Bréfritari: Soffía Daníelsdóttir
Viðtakandi: Jakobína Magnúsdóttir og Daníel Halldórsson
Dagsetning: A-1905-09-17
Skrifað á: Skeggjastöðum  N-Múl.
Soffía var dóttir Jakobínu og Daníels

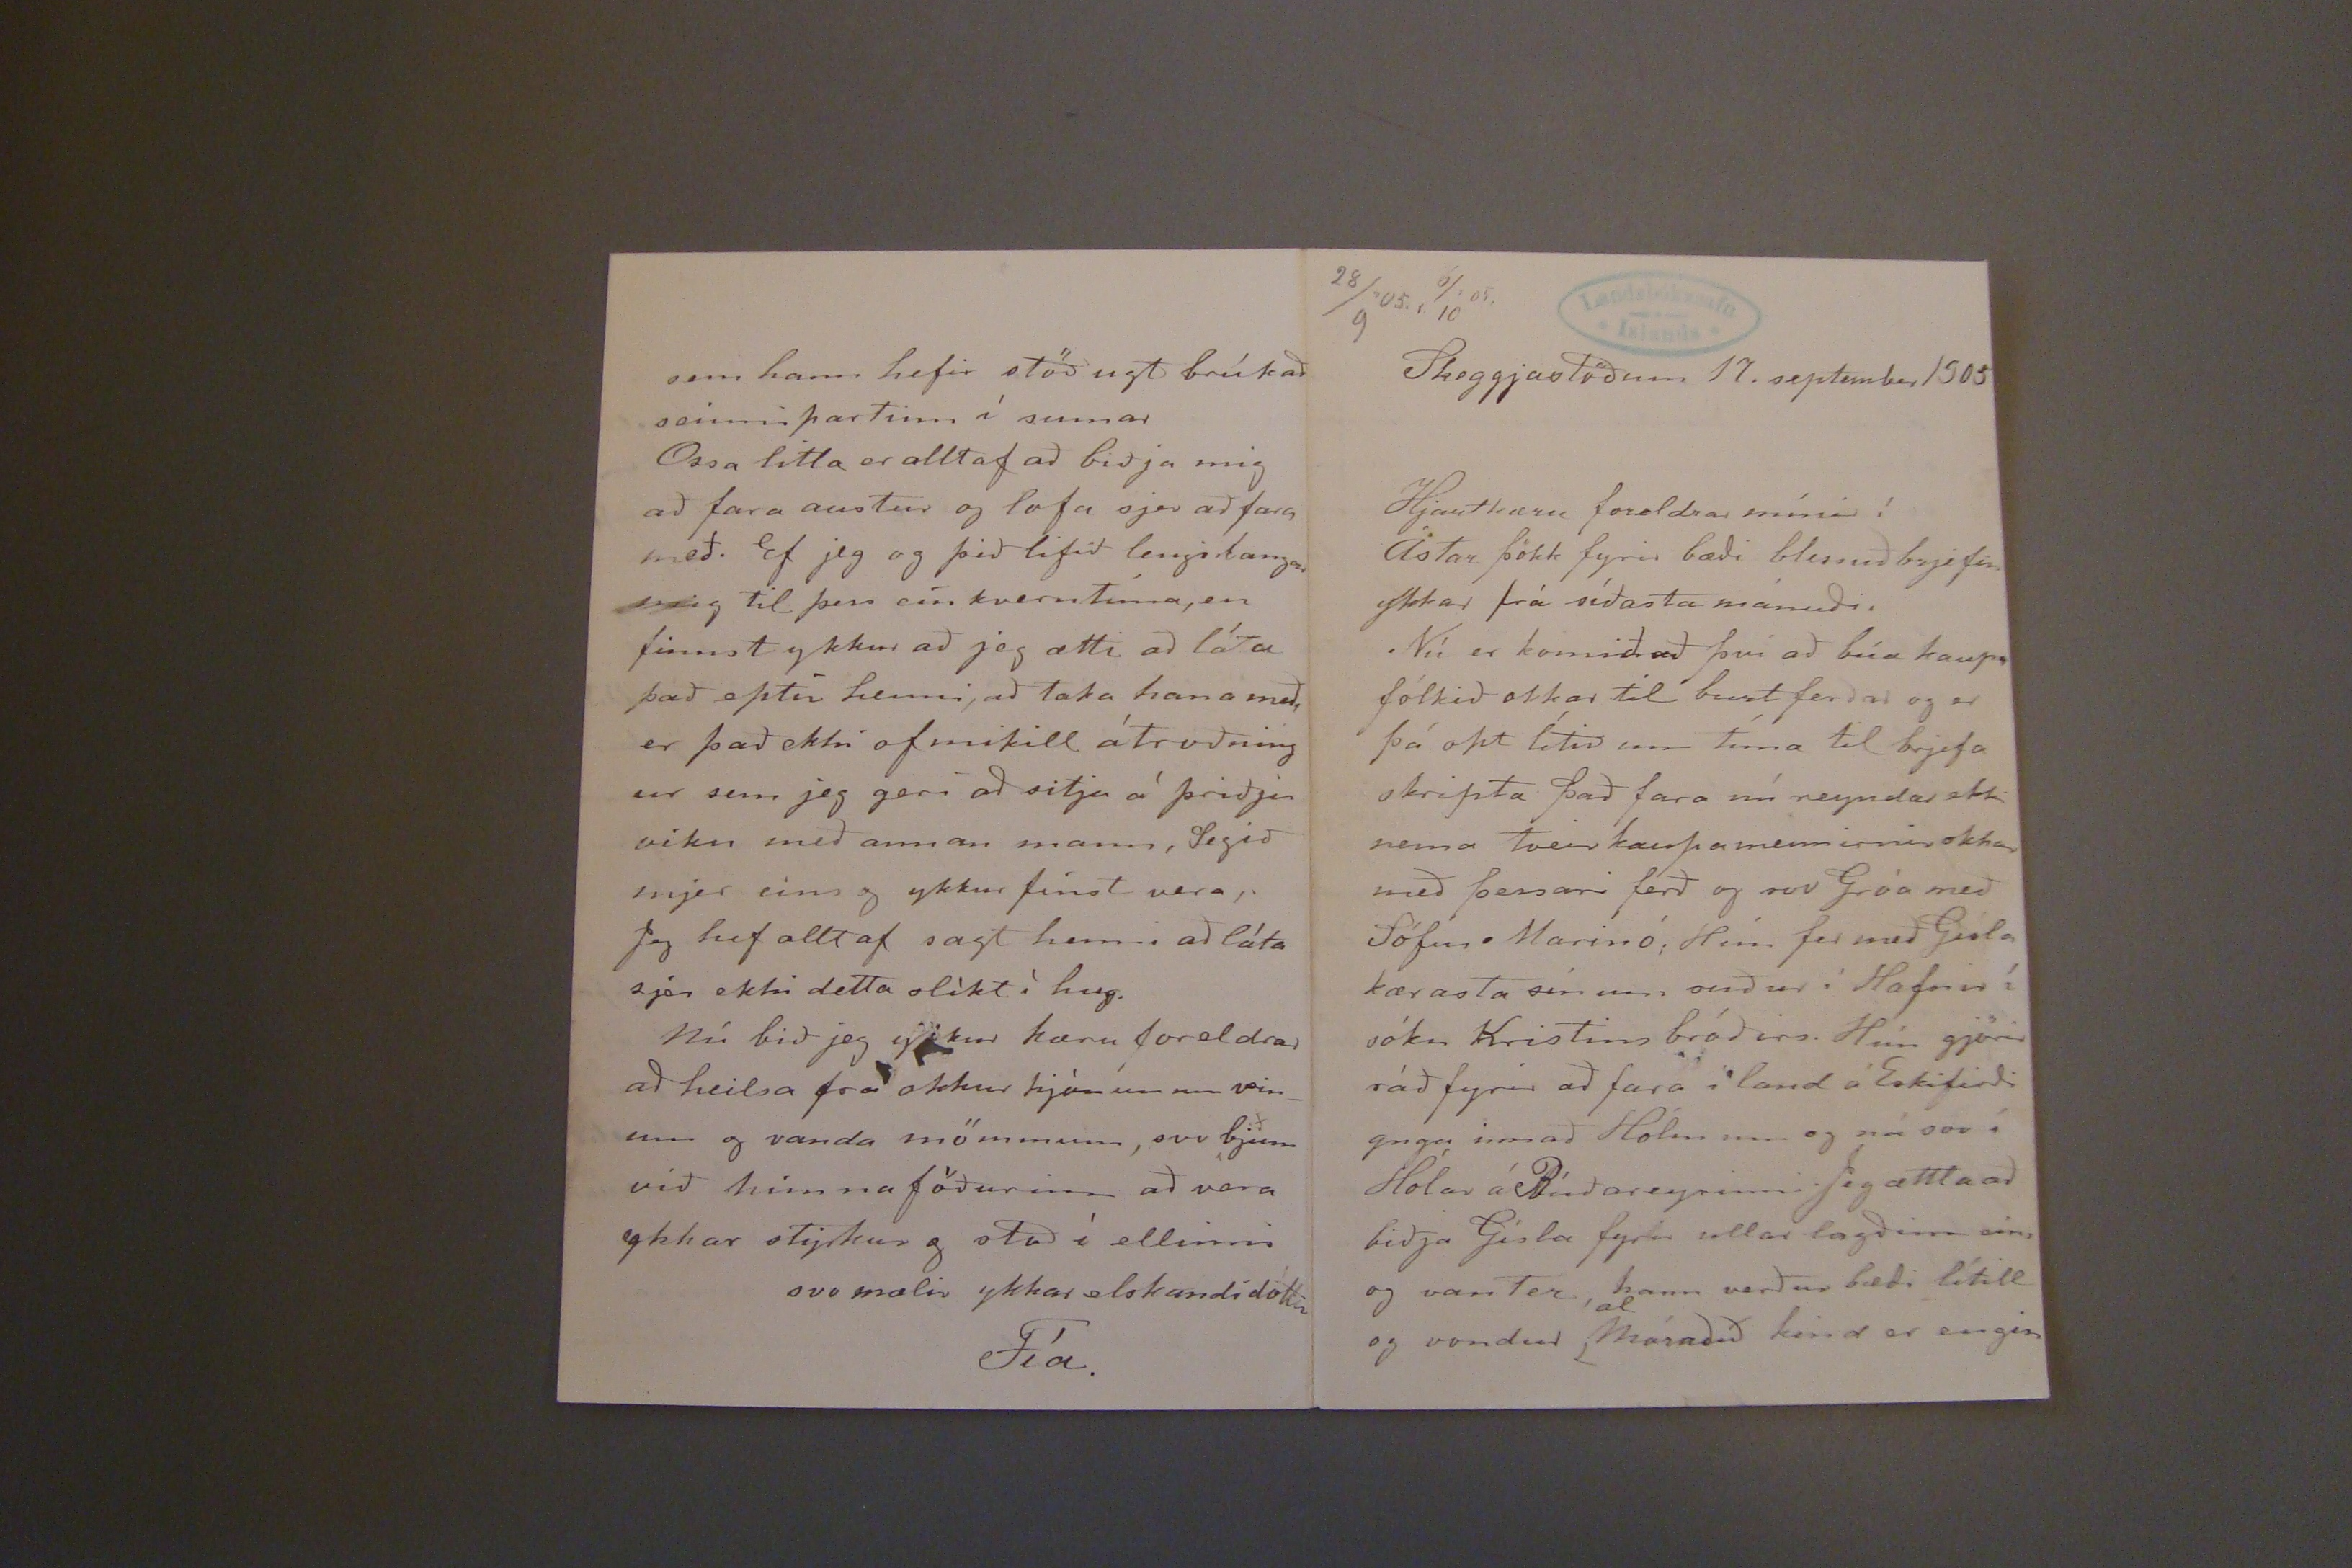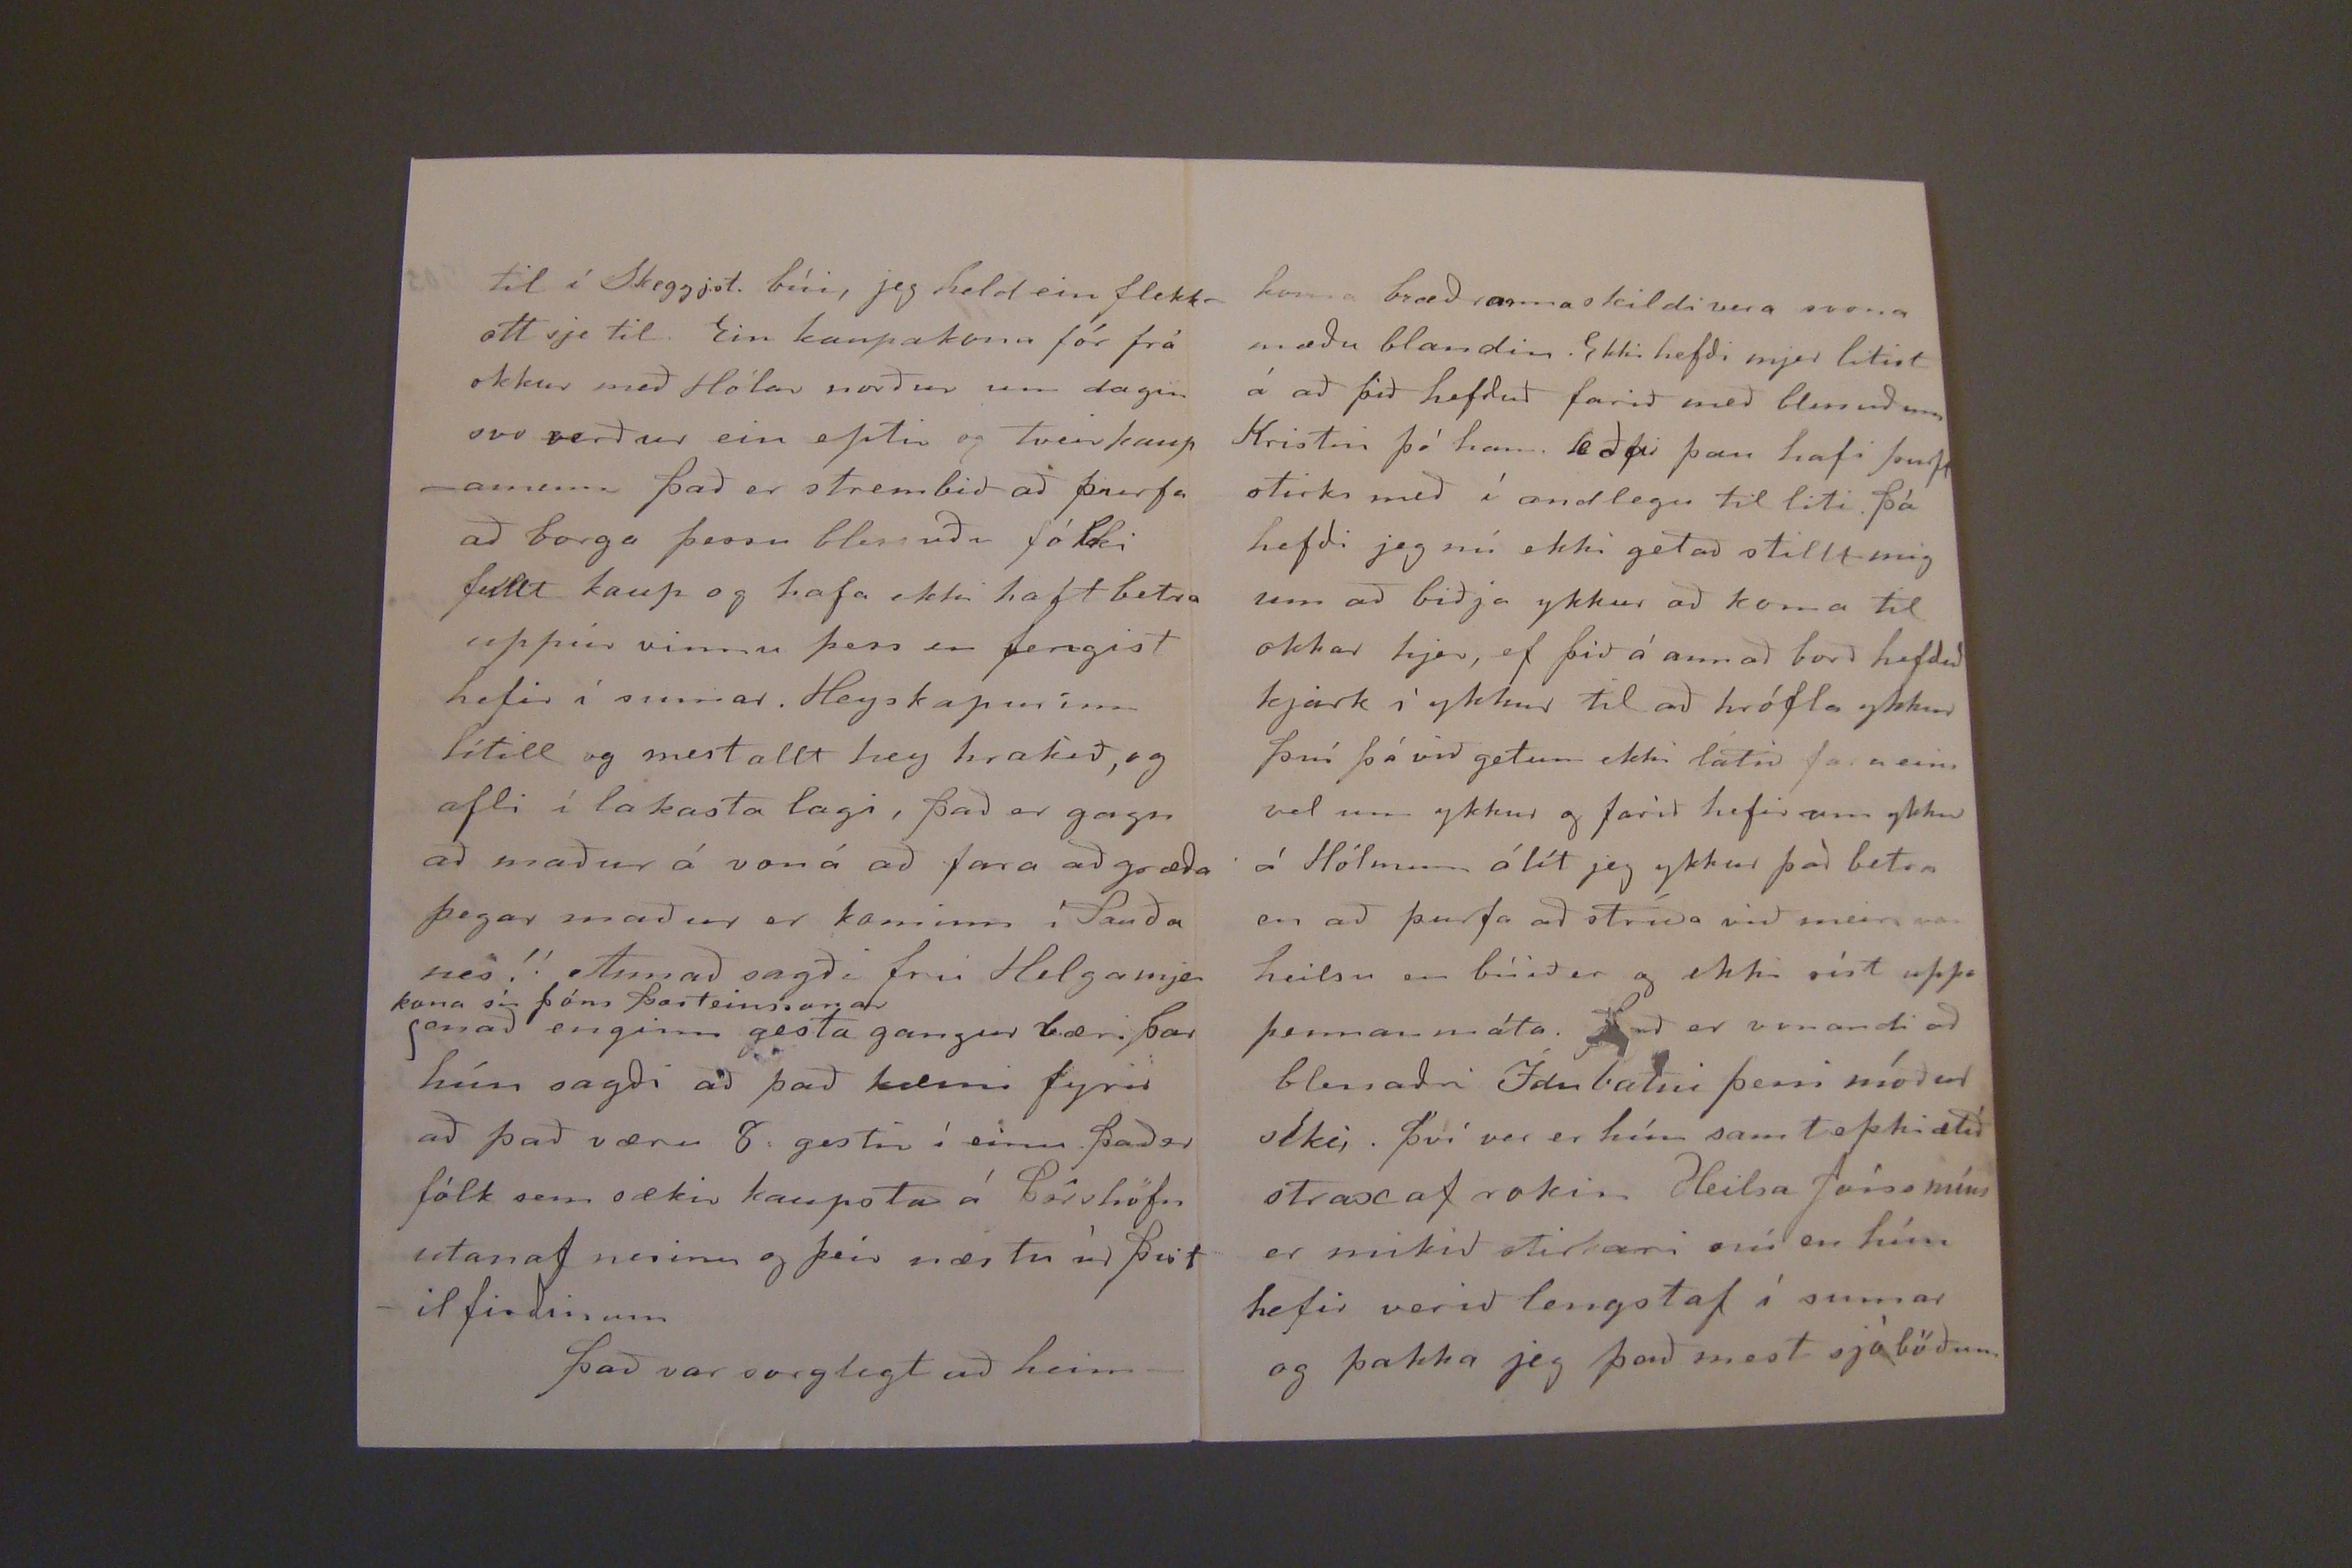

28/9'05.r 6/10'05.
Skeggjastöðum 17. september 1905.
Hjartkæru foreldrar mínir!
Ástar þökk fyrir bæði blessuð brjefin ykkar frá síðasta mánuði.
Nú er komið að því að búa kaupfólkið okkar til burtferðar og er þá opt lítið um tíma til brjefa skripta það fara nú reyndar ekki nema tveir kaupamennirnir okkar með þessari ferð og svo Gróa með Sófus Marinó; Hún fer með Gísla kærasta sínum suður í Hafnir í sókn Kristins bróðirs. Hún gjörir ráð fyrir að fara i land á Eskifirði gnga innað Hólmum og ná svo í Hólar á Búðareyrinn. Jeg ættla að biðja Gísla fyrir ullar lagðinn eins og vanter, hann verður bæði lítill og vondur
al
Másaðið
kind er engin
til í Skeggj.st. búi, jeg held ein flekkott sje til. Ein kaupakona fór frá okkur með Hólar norður um dagin svo verður ein eptir og tveir kaupamenn það er strembið að þurfa að borga þessu blessuðu fólki fullt kaup og hafa ekki haft betra uppúr vinnu þess en fengist hefir í sumar. Heyskapurinn lítill og mest allt hey hrakið, og afli í lakasta lagi, það er gagn að maður á von á að fara að græða þegar maður er kominn í Sauða nes!! Annað sagði frú Helga mjer
kona sír Jóns þorsteinssonar
enað enginn gesta gangur bæri þar hún sagði að það kæmi fyrir að það væru 8 gestir í einu. það er fólk sem sækir kaupsta á þórshöfn utanaf nesinu og þeir næstu úr þistilfirðinum
það var sorglegt að heim-
sem hann hefir stöðugt brúkað seinnipartinn í sumar
Ossa litla er alltaf að biðja mig að fara austur og lofa sjer að fara með. Ef jeg og þið lifið lengi langar mig til þess ein kvern tíma, en finnst ykkur að jeg ætti að láta það eptir henni, að taka hana með, er það ekki of mikill átroðning ur sem jeg geri að sitja á þriðju viku með annan mann, Segið mjer eins og ykkur finst vera, Jeg hef alltaf sagt henni að láta sjer ekki detta slíkt í hug.
Nú bið jeg ykkur kæru foreldrar að heilsa frá okkur hjónunum vinum og vanda mömmum, svo bjum við himna föðurinn að vera ykkur styrkur og stoð í ellinni
svo mælir ykkar elskandi dóttir
Fía.
koma bræðranna skildi vera svona mæðu blandin. Ekki hefði mjer litist á að þið hefðuð farið með blessuðum Kristni þó hann
leðpi
þau hafi þurft stirks með í andlegu til liti þá hefði jeg nú ekki getað stillt mig um að biðja ykkur að koma til okkar hjer, ef þið á annað borð hefðuð kjark í ykkur til að hrófla ykkur því þá við getum ekki látið fara eins vel um ykkur og faríð hefir um ykkur á Hólmum á lít jeg ykkur það betra en að þurfa að stríða við meiri van heilsu en búið er og ekki síst uppa þennan máta. það er vonandi að blessaðri Ídu batni þessi móður síki,. því ver er hún samt ekki ætíð strax af rokin Heilsa Jóns míns er mikið stirkari nú en hún hefir verið lengstaf í sumar og þakka jeg það mest sjóböðum